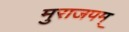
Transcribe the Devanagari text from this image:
मुराजपम्